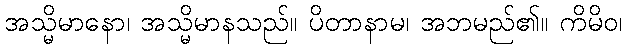
အသ္မိမာနော၊ အသ္မိမာနသည်။ ပိတာနာမ၊ အဘမည်၏။ ကိမိဝ၊